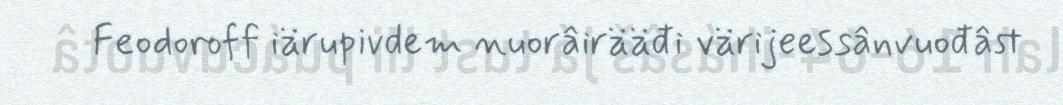
Feodoroff iärupivdem nuorâirääđi värijeessânvuođâst